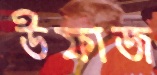
উফাজ